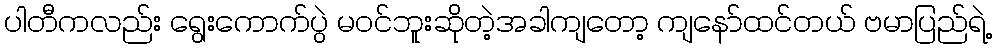
ပါတီကလည်း ရွေးကောက်ပွဲ မဝင်ဘူးဆိုတဲ့အခါကျတော့ ကျနော်ထင်တယ် ဗမာပြည်ရဲ့